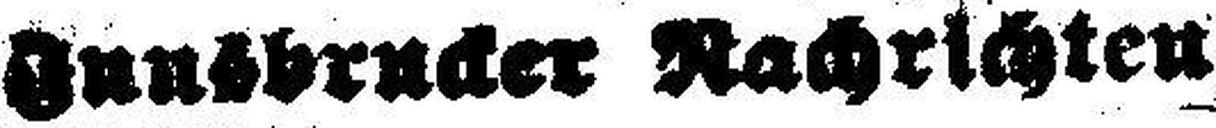
Innsbrucker Nachrichten